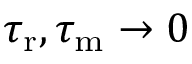
{ \tau _ { \mathrm { r } } } , { \tau _ { \mathrm { m } } } \to 0